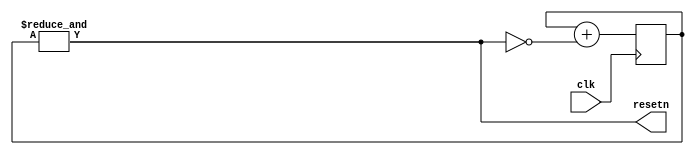
module startup_reset (
    input       clk,
    output      resetn
);

    reg [5:0] reset_cnt = 0;
	assign resetn = &reset_cnt;

	always @(posedge clk) begin
		reset_cnt <= reset_cnt + {5'd0, !resetn};
	end

endmodule